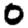
Digit: 0